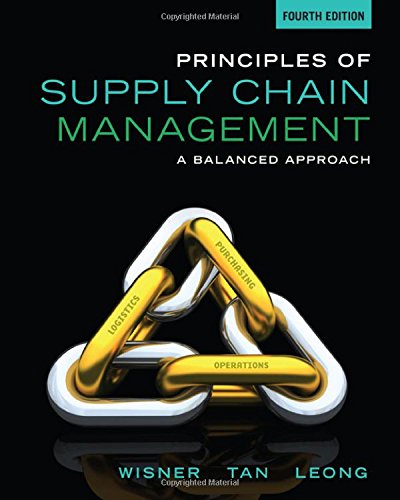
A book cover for Principles of Supply Chain Management: A Balanced Approach; Joel D. Wisner; Business & Money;